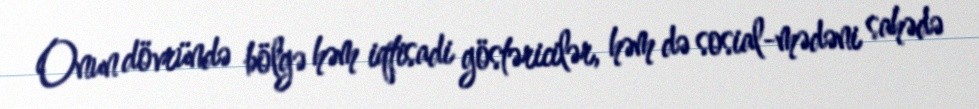
Onun dövründə bölgə həm iqtisadi göstəricilər, həm də sosial-mədəni sahədə